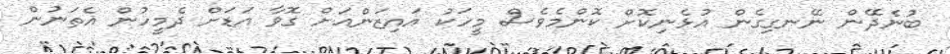
ބުނެދޭން ނޭނގިގެން އުޅެނިކޮށް ކޮންމެވެސް މީހަކު އައިޒަންއަށް ގޮވާ އަޑަށް ދެމީހުން އެތަނުން